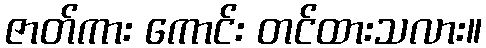
ဇာတ်ကား ကောင်း တင်ထားသလား။